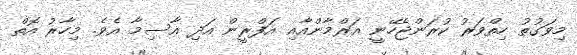
މިވަގުތު ހިތްވަރު ކުރަންޖެހޭނީ އަރްމާންއާއި އަފްރީން އަދި އާސިމާ އެވެ. މިހާރު އޮތް